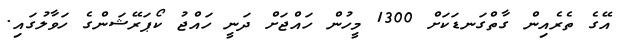
އޭގެ ތެރެއިން ގާތްގަނޑަކަށް 1300 މީހުން ހައްޖަށް ދަނީ ހައްޖު ކޯޕަރޭޝަންގެ ހަވާލުގައި.